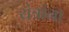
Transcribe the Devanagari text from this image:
यंत्रांना